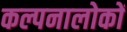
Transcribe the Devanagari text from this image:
कल्पनालोकों